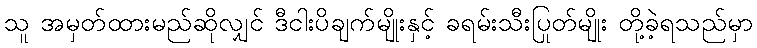
သူ အမှတ်ထားမည်ဆိုလျှင် ဒီငါးပိချက်မျိုးနှင့် ခရမ်းသီးပြုတ်မျိုး တို့ခဲ့ရသည်မှာ